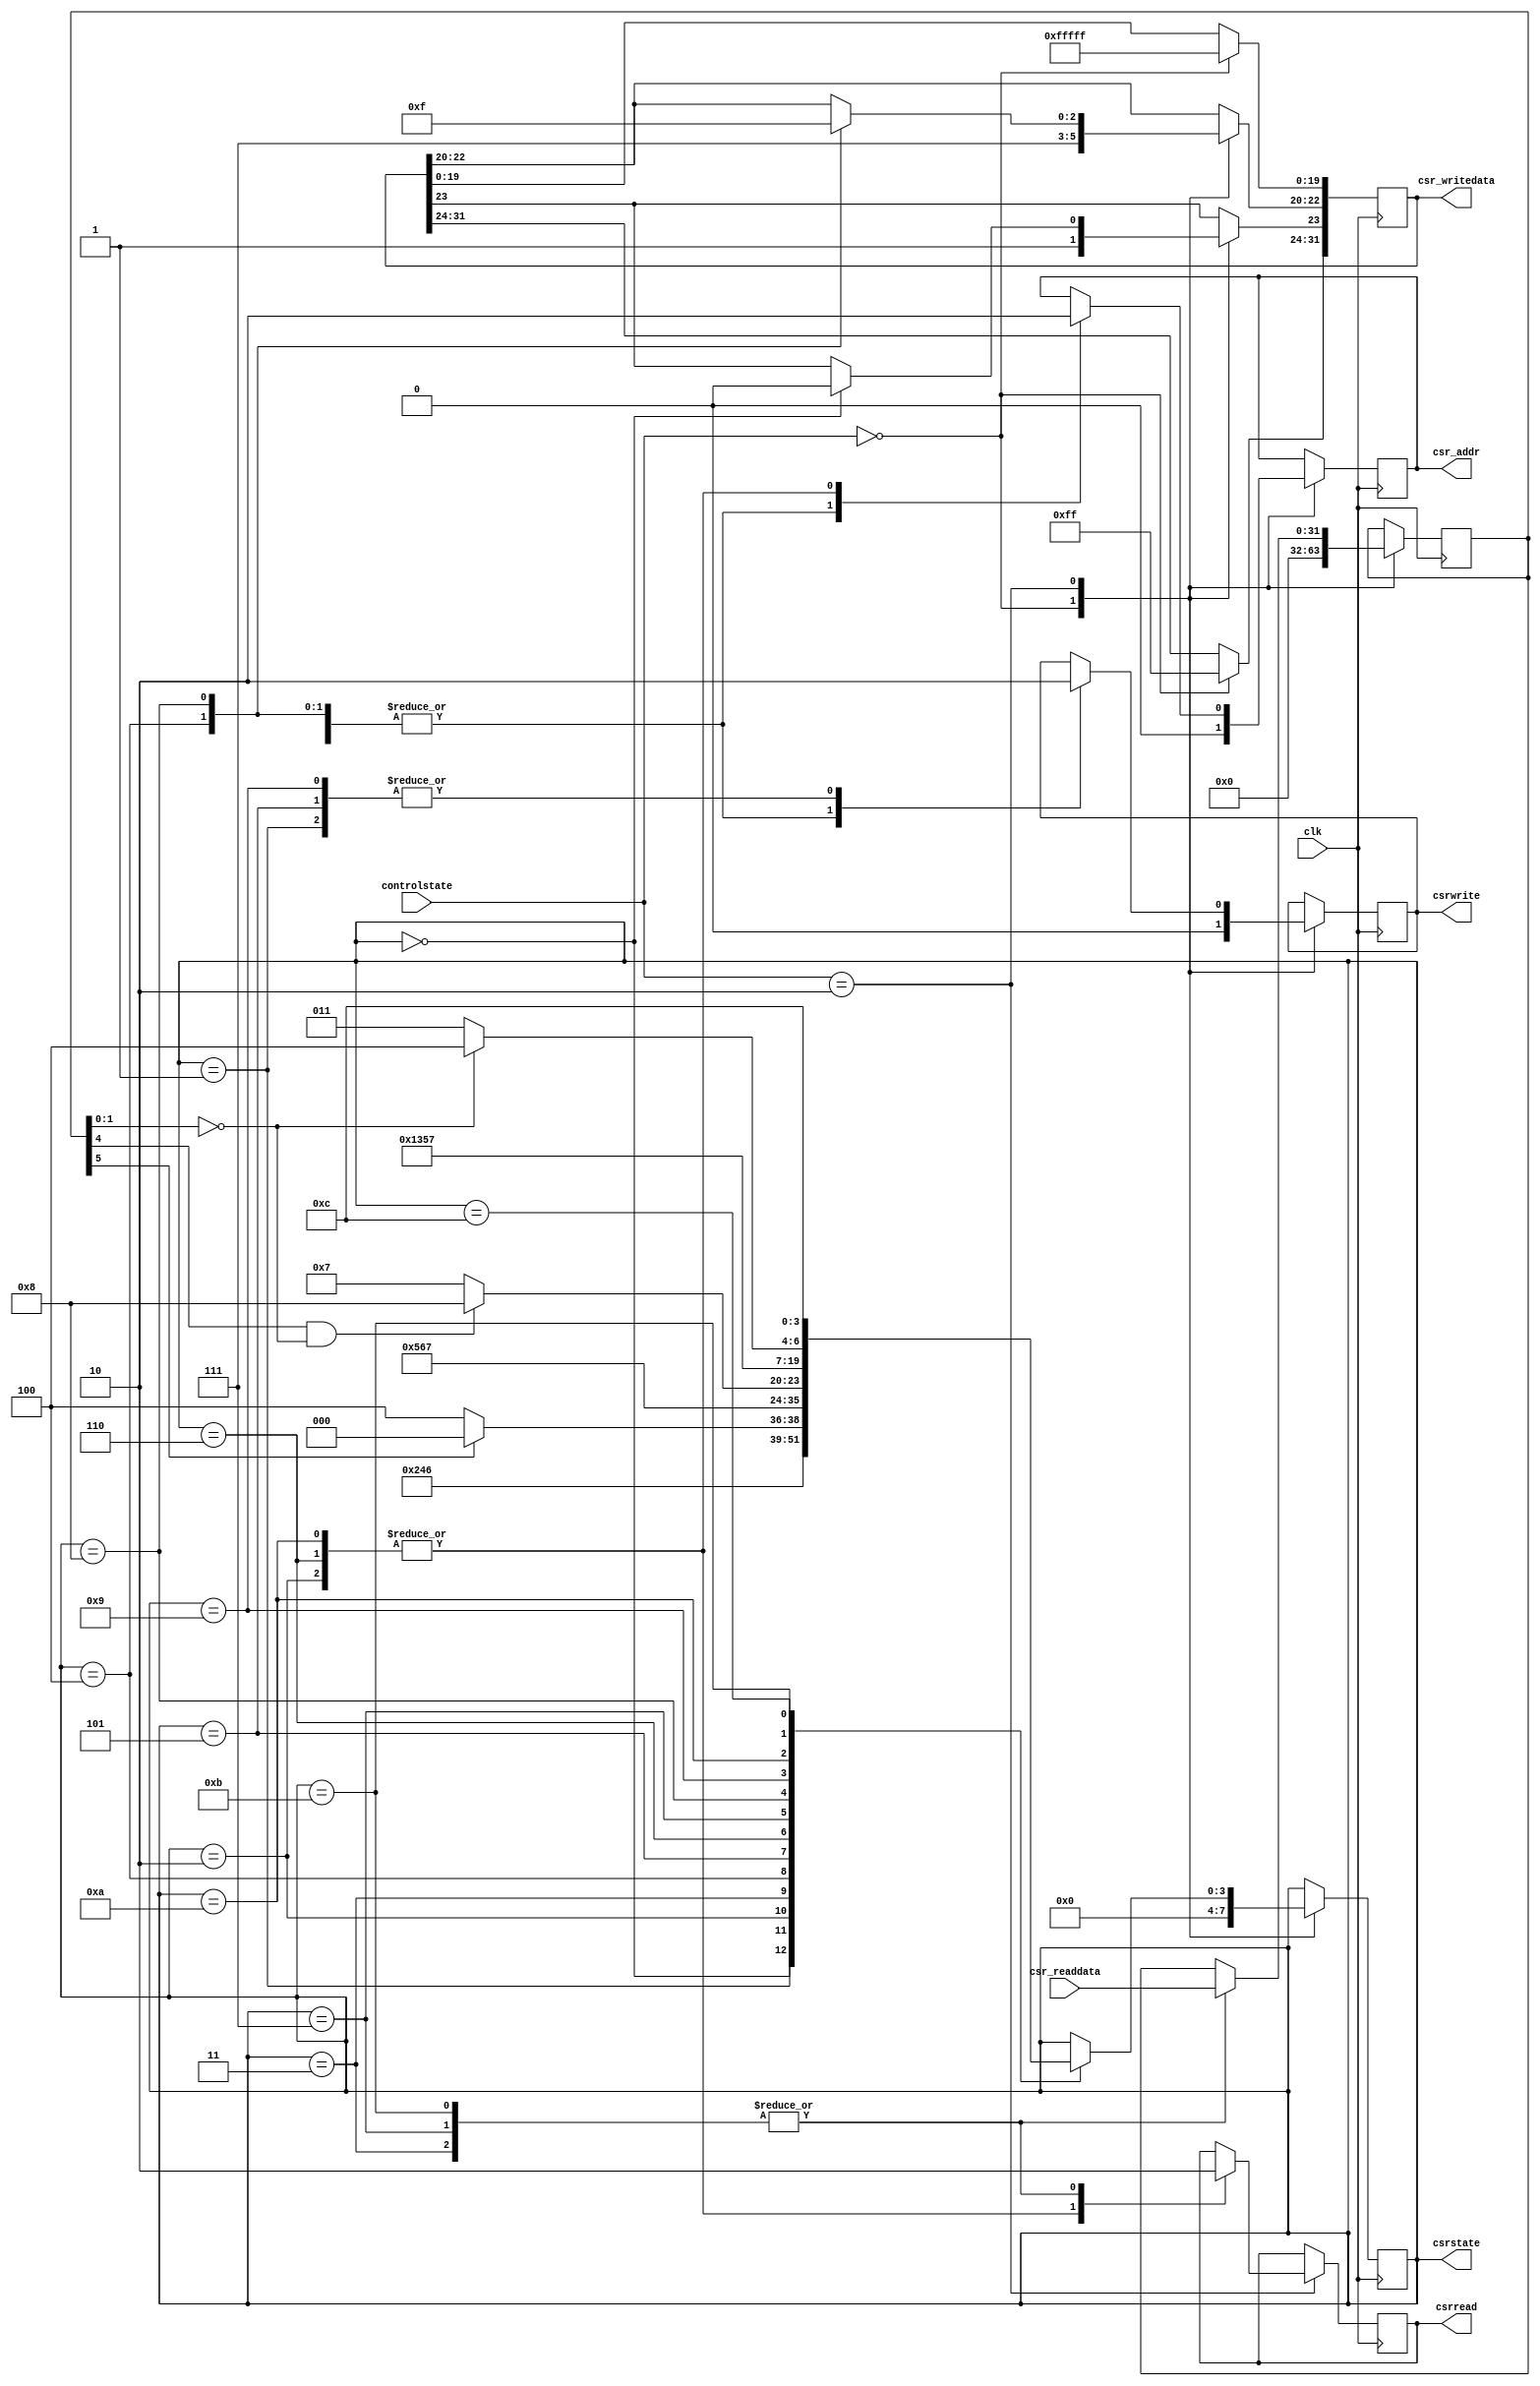
module CSR (
	input [3:0] controlstate,
	input clk,
	output csr_addr,
	output csrread,
	output [3:0] csrstate,
	output [31:0] csr_writedata,
	input [31:0] csr_readdata,
	output csrwrite

);

reg [3:0] csrstate_;
reg [31:0] csr_writedata_;
reg csrwrite_;
reg csr_addr_;
reg csrread_;
reg [31:0] csr_readdata_;

assign csrstate = csrstate_;
assign csrread = csrread_;
assign csr_addr = csr_addr_;
assign csrwrite = csrwrite_;
assign csr_writedata = csr_writedata_;


always @(posedge clk) begin  //prep UFM on reset

	case (controlstate)
		4'h0 : begin
			csrstate_ <= 4'h0;
			csrwrite_ <= 1'b0;
			csr_addr_ <= 1'b0;
			csr_writedata_ <= 32'hffffffff;
			csr_readdata_ <= 32'h0;
		end
		4'h2 : begin
			case (csrstate_)
				4'h0 : begin
					csr_addr_ <= 1'b1;				
					csrwrite_ <= 1'b1;
					csr_writedata_[23] <= 1'b0; //disable sector 1 write protection
					csrstate_ <=  4'h1;
				end
				4'h1 : begin
					csrwrite_ <= 1'b0;
					csrstate_ <=  4'h2;
				end
				4'h2 : begin
					csrread_ <= 1'b1;
					csr_addr_ <= 1'b0;
					csrstate_ <= 4'h3;
				end
				4'h3 : begin
					csrread_ <= 1'b0;
					csr_readdata_ <= csr_readdata; //check for disabled write protection
					if (csr_readdata_[5] == 1'b0)
						csrstate_ <= 4'h4;
					else
						csrstate_ <= 4'h0;
				end
				4'h4 : begin
					csr_addr_ <= 1'b1;
					csrwrite_ <= 1'b1;
					csr_writedata_ [22:20] <= 3'b001; //erase sector 1
					csrstate_ <=  4'h5;
				end
				4'h5 : begin
					csrwrite_ <= 1'b0;
					csrstate_ <= 4'h6;
				end
				4'h6 : begin
					csrread_ <= 1'b1;
					csr_addr_ <= 1'b0;
					csrstate_ <= 4'h7;
				end
				4'h7 : begin
					csrread_ <= 1'b0;
					csr_readdata_ <= csr_readdata;
					if (csr_readdata_[4] == 1'b1 && csr_readdata_[1:0] == 2'b00) //check for successful erase and idle ufm
						csrstate_ <= 4'h8;
					else
						csrstate_ <= 4'h7;
				end
				4'h8 : begin
					csr_addr_ <= 1'b1;
					csrwrite_ <= 1'b1;
					csr_writedata_ [22:20] <= 3'b111; //end erase
					csrstate_ <= 4'h9;
				end
				4'h9 : begin
					csrwrite_ <= 1'b0;
					csrstate_ <= 4'ha;
				end
				4'ha : begin
					csrread_ <= 1'b1;
					csr_addr_ <= 1'b0;
					csrstate_ <= 4'hb;
				end
				4'hb : begin
					csrread_ <= 1'b0;
					csr_readdata_ <= csr_readdata;
					if (csr_readdata_[1:0] == 2'b00) //check for idle ufm
						csrstate_ <= 4'hc;
					else
						csrstate_ <= 4'hb;
				end
				4'hc : begin
					csrstate_ <= 4'hc;
				end
			endcase
		end 
	endcase
			
end

endmodule